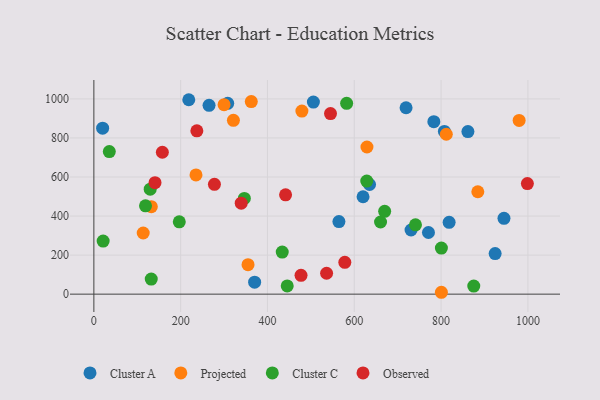
{"axis": {"x": "Ad Spend", "y": "Sales"}, "legend": ["Cluster A", "Cluster C", "Observed", "Projected"], "data": [{"x": "308.4", "y": 977.3, "type": "Cluster A"}, {"x": "564.6", "y": 371.9, "type": "Cluster A"}, {"x": "730.8", "y": 328.6, "type": "Cluster A"}, {"x": "218.7", "y": 995.8, "type": "Cluster A"}, {"x": "635.2", "y": 561.5, "type": "Cluster A"}, {"x": "861.8", "y": 832.7, "type": "Cluster A"}, {"x": "505.8", "y": 983.7, "type": "Cluster A"}, {"x": "944.9", "y": 388.6, "type": "Cluster A"}, {"x": "924.5", "y": 207.8, "type": "Cluster A"}, {"x": "818.5", "y": 367.7, "type": "Cluster A"}, {"x": "265.4", "y": 967.2, "type": "Cluster A"}, {"x": "770.9", "y": 315.7, "type": "Cluster A"}, {"x": "620.2", "y": 498.9, "type": "Cluster A"}, {"x": "20.2", "y": 850.0, "type": "Cluster A"}, {"x": "370.4", "y": 61.2, "type": "Cluster A"}, {"x": "807.6", "y": 833.6, "type": "Cluster A"}, {"x": "719.3", "y": 954.6, "type": "Cluster A"}, {"x": "783.3", "y": 883.2, "type": "Cluster A"}, {"x": "479.3", "y": 937.7, "type": "Projected"}, {"x": "629.2", "y": 753.6, "type": "Projected"}, {"x": "812.0", "y": 819.0, "type": "Projected"}, {"x": "884.6", "y": 524.4, "type": "Projected"}, {"x": "362.7", "y": 986.1, "type": "Projected"}, {"x": "300.0", "y": 970.2, "type": "Projected"}, {"x": "132.4", "y": 447.8, "type": "Projected"}, {"x": "235.3", "y": 610.5, "type": "Projected"}, {"x": "321.5", "y": 890.5, "type": "Projected"}, {"x": "355.2", "y": 151.2, "type": "Projected"}, {"x": "800.7", "y": 9.6, "type": "Projected"}, {"x": "979.8", "y": 889.6, "type": "Projected"}, {"x": "113.7", "y": 313.1, "type": "Projected"}, {"x": "196.8", "y": 370.4, "type": "Cluster C"}, {"x": "800.7", "y": 236.0, "type": "Cluster C"}, {"x": "434.0", "y": 215.3, "type": "Cluster C"}, {"x": "741.0", "y": 355.1, "type": "Cluster C"}, {"x": "582.4", "y": 977.5, "type": "Cluster C"}, {"x": "660.5", "y": 369.6, "type": "Cluster C"}, {"x": "875.3", "y": 41.1, "type": "Cluster C"}, {"x": "21.4", "y": 271.7, "type": "Cluster C"}, {"x": "445.5", "y": 42.2, "type": "Cluster C"}, {"x": "628.8", "y": 578.9, "type": "Cluster C"}, {"x": "35.6", "y": 730.1, "type": "Cluster C"}, {"x": "670.0", "y": 424.2, "type": "Cluster C"}, {"x": "132.2", "y": 77.1, "type": "Cluster C"}, {"x": "119.0", "y": 452.2, "type": "Cluster C"}, {"x": "346.7", "y": 490.4, "type": "Cluster C"}, {"x": "129.8", "y": 537.8, "type": "Cluster C"}, {"x": "998.8", "y": 566.5, "type": "Observed"}, {"x": "157.8", "y": 726.8, "type": "Observed"}, {"x": "339.5", "y": 465.8, "type": "Observed"}, {"x": "477.3", "y": 96.3, "type": "Observed"}, {"x": "441.7", "y": 508.7, "type": "Observed"}, {"x": "578.2", "y": 163.0, "type": "Observed"}, {"x": "277.8", "y": 562.5, "type": "Observed"}, {"x": "545.2", "y": 924.9, "type": "Observed"}, {"x": "140.9", "y": 570.8, "type": "Observed"}, {"x": "237.3", "y": 836.5, "type": "Observed"}, {"x": "536.2", "y": 107.1, "type": "Observed"}]}